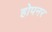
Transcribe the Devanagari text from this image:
होपनर